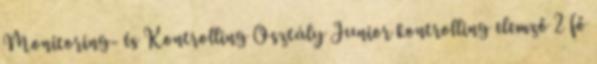
Monitoring- és Kontrolling Osztály Junior kontrolling elemző 2 fő